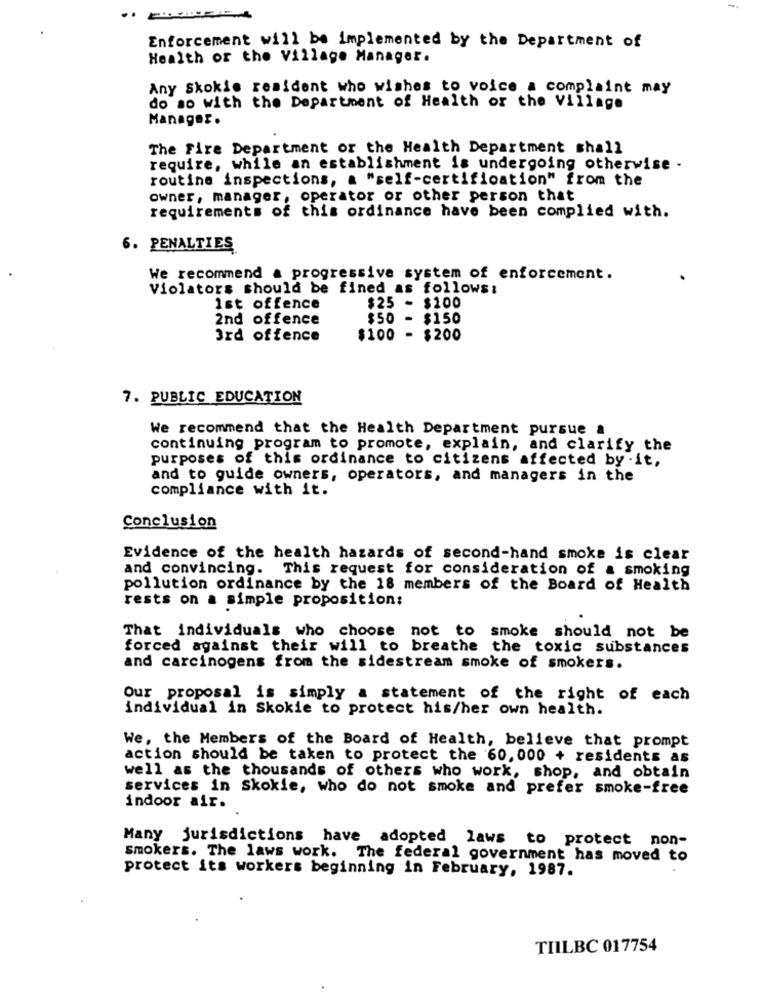
--
Enforcement will be implemented by the Department of
Health or the Village Manager.
Any Skokie resident who wishes to voice a complaint may
do so with the Department of Health or the Village
Manager.
The Fire Department or the Health Department shall
require, while an establishment is undergoing otherwise -
routine inspections, a "self-certification" from the
owner, manager, operator or other person that
requirements of this ordinance have been complied with.
6. PENALTIES,
We recommend a progressive system of enforcement.
Violators should be fined as follows:
$25
Ist offence
- $100
2nd offence
$50
- $150
3rd offence
$100
- $200
7. PUBLIC EDUCATION
We recommend that the Health Department pursue a
continuing program to promote, explain, and clarify the
purposes of this ordinance to citizens affected by .it,
and to guide owners, operators, and managers in the
compliance with it.
Conclusion
Evidence of the health hazards of second-hand smoke is clear
and convincing. This request for consideration of a smoking
pollution ordinance by the 18 members of the Board of Health
rests on a simple proposition:
That individuals who choose not to smoke should not be
forced against their will to breathe the toxic substances
and carcinogens from the sidestream smoke of smokers.
Our proposal is simply a statement of the right of each
individual in Skokie to protect his/her own health.
We, the Members of the Board of Health, believe that prompt
action should be taken to protect the 60,000 + residents as
well as the thousands of others who work, shop, and obtain
services in Skokie, who do not smoke and prefer smoke-free
indoor air.
Many jurisdictions have adopted laws to protect non-
smokers. The laws work. The federal government has moved to
protect its workers beginning in February, 1987.
TIILBC 017754